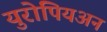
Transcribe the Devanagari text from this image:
युरोपियअन